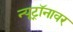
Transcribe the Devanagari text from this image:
न्यूट्रॉनावर